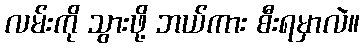
လမ်းကို သွားဖို့ ဘယ်ကား စီးရမှာလဲ။